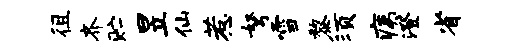
徂齐贮昱仙惹弩雪黎须痍澄省